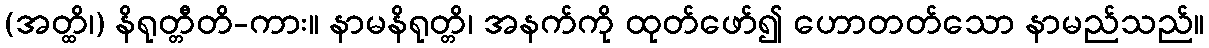
(အတ္ထိ၊) နိရုတ္တီတိ-ကား။ နာမနိရုတ္တိ၊ အနက်ကို ထုတ်ဖော်၍ ဟောတတ်သော နာမည်သည်။